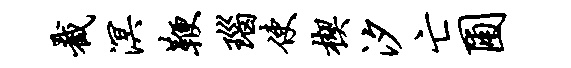
截溟鞭瑙使楔汐亡圃